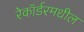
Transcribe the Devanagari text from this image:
रेकॉर्डरमधील